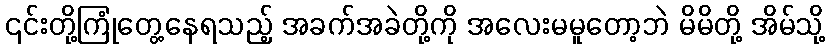
၎င်းတို့ကြုံတွေ့နေရသည့် အခက်အခဲတို့ကို အလေးမမူတော့ဘဲ မိမိတို့ အိမ်သို့